Annual report on the lock hospitals of the Madras Presidency
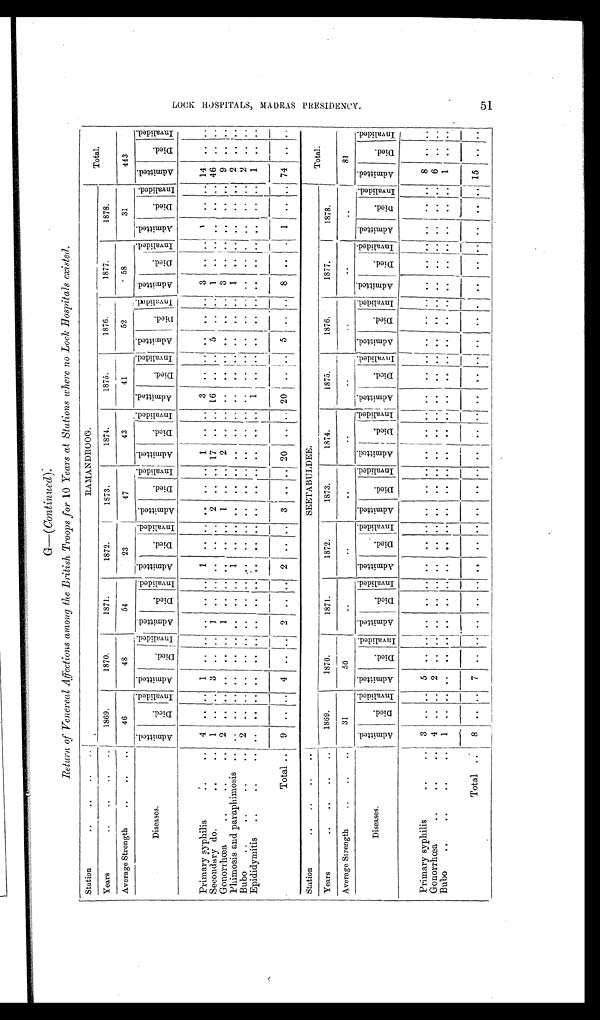
G—(Continued).
Return of Venereal Affections among the British Troops for 10 Years at Stations where no Lock Hospitals existed.
Station. . .. ..
RAMANDrOOG.
Total.
Years
..
..
..
..
1869.
1870.
1871.
1872.
1873.
1874.
1875.
1876.
1877.
1878.
Average Strength
..
..
46
48
54
23
47
43
41
52
58
31
443
Diseases.
A d m i t t e d .
Died.
Inval i ded.
Ad mi t t e d .
Di ed.
I n v a l i d e d .
A d m i t t e d .
D i e d .
I nval i ded.
A d m i t t e d .
D i e d .
Inval i ded.
A d m i t t e d .
Died.
I nv al i ded. A d mi t t e d .
Di e d .
I nval i ded. A d m i t t e d .
D i e d .
I nv al i ded. Admi t t ed.
Di ed.
I nval i ded.
A d m i t t e d .
D i e d .
I nval i ded.
A d m i t t e d .
D i e d .
I nv al i ded.
A d m i t t e d .
Di e d .
I n v a l i d e d .
P r i m a r y s y p h i l i s . . . .
4
. .
. .
1
. .
. .
..
. . . .
1
. .
. . ..
. . . .
1
. . . .
3
. . ..
. .
. . ..
3
. .
. .
1
. . ..
14
..
. .
Secondary do.
. . ..
1
. .
..
3
..
. .
1
.. ..
. .
. .
. . 2 ..
. . 17
.. ..
16
..
..5
..
..
1
. .
. .
. .
. . ..
46
.. . .
Gonorrhœa..
..
..
2
..
. .
. .
. .
. .
1
..
. .
. .
. .
. . 1
.. . . 2
. . . .
. .
. . ..
. .
.. ..
3
..
.. . .
.. ..
9 .. ..
.
Phimosis and paraphimosis .. . .
. .
. .
. .
. . . .
..
..
. . 1
. .
. .
. . ..
. .
. .
. . . .
. .
. . ..
. .
. . ..
1 ..
. .
. .
. . ..
2 .. ..
Bubo
..
..
..
2
. .
. .
. .
. . .
. .
..
..
. .
. .
. .
. .
. . ..
. .
. .
. . . .
. .
. . ..
. .
. . ..
. .
. .
. .
. .
. . ..
2
. .
. .
Epididymitis
. . . . . .
. .
. .
. .
. .
. . . .
..
..
. .
. .
. .
. .
. .
. . . .
. .
. . . . 1 .. ..
. .
. . ..
. .
. .
. .
. .
. . ..
1 ..
. .
Total .. 9 .. .. 4 ..
. . 2 .. .. 2 .. ..
3
. . .. 20
.. .. 20 .. .. 5 .. .. 8 .. . . 1 .. .. 74 .. ..
Station
..
..
..
SEETABULDEE.
Total.
Years
.. ..
..
1869.
1870.
1871.
1872.
1873.
1874.
1875.
1876.
1 8 7 7 .
1878.
Average Strength
..
..
31
5 0
. .
. .
..
..
. .
..
..
. .
81
Diseases.
A d m i t t e d .
Di e d .
I nval i ded. Admi t t ed.
D i e d .
I nval i ded.
A d m i t t e d .
Di e d .
Inval i ded.
A d m i t t e d .
D i e d .
I nval i ded.
A d m i t t e d .
D i e d .
I n v a l i d e d .
Admi t t ed.
Di e d . I nval i ded. A d m i t t e d .
D i e d . I nval i ded.
A d m i t t e d .
D i e d .
I nval i ded. A d mi t t e d .
D i e d .
I nval i ded.
A d m i t t e d .
D i e d .
I nval i ded.
Admitted.
D i e d .
I n v a l i d e d .
Primary syphilis
..
..
3
. . . .
5
. . . .
..
..
. .
. .
. . . .
..
. . . .
. .
..
. .
. . . .
..
..
..
..
..
..
.. .. 8 .. ..
Gonorrhœa
..
..
4
. . . .
2
. . . .
..
..
. .
. .
. . . .
..
. . . .
. .
..
. .
. . . .
..
. .
. .
..
. .
. . . .
. .
. . ..
6 .. ..
Bubo
..
..
.. 1
. . . .
. .
. . . .
.. ..
. .
. .
. . . .
..
. . . .
. .
..
. . . .
. . ..
. .
. .
..
. .
. . . .
. .
. . ..
1
. . . .
T o t a l
. . 8
. . . .
7
. . . .
..
..
. .
. .
. . . .
..
. . . .
. .
.. ..
. .
. .
. .
..
. .
. .
..
. .
. . . .
..
.. .. 15
..
. .
L O C K H O S P I T A L S , M A D R A S P R E S I D E N C Y .
51